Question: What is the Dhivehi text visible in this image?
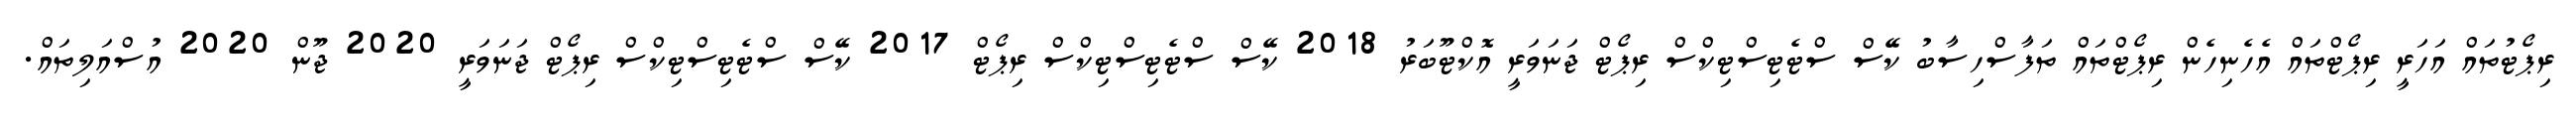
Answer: ރިޕޯޓުތައް އަހަރީ ރިޕޯޓްތައް އެހެނިހެން ރިޕޯޓްތައް ތަފާސްހިސާބު ކޭސް ސްޓެޓިސްޓިކްސް ރިޕޯޓް ޖަނަވަރީ އޮކްޓޫބަރު 2018 ކޭސް ސްޓެޓިސްޓިކްސް ރިޕޯޓް 2017 ކޭސް ސްޓެޓިސްޓިކްސް ރިޕޯޓް ޖަނަވަރީ 2020 ޖޫން 2020 އުސްއަލިތައް.